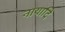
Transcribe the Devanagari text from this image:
नायादि